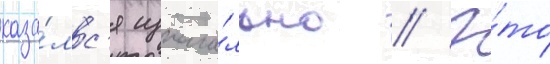
каза́лс'я изнача́льно // Э́то